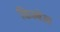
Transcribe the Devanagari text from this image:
किम्बेल